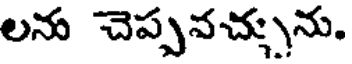
లను చెప్పవచ్చును.